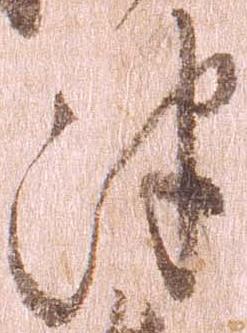
津